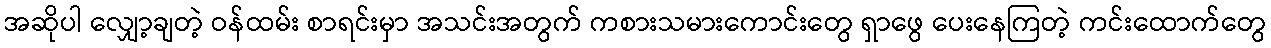
အဆိုပါ လျှော့ချတဲ့ ဝန်ထမ်း စာရင်းမှာ အသင်းအတွက် ကစားသမားကောင်းတွေ ရှာဖွေ ပေးနေကြတဲ့ ကင်းထောက်တွေ